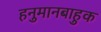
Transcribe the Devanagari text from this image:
हनुमानबाहुक